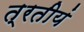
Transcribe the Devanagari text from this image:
त्रतीयं